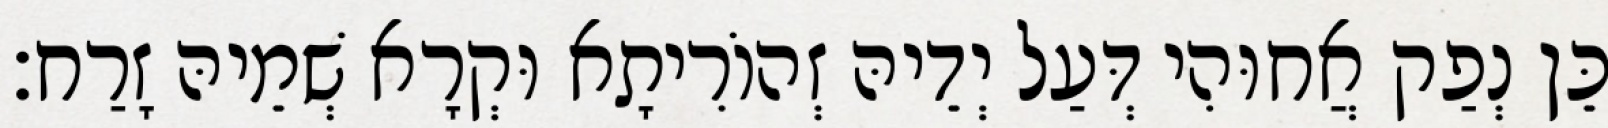
כֵּן נְפַק אֲחוּהִי דְּעַל יְדֵיהּ זְהוֹרִיתָא וּקְרָא שְׁמֵיהּ זָרַח׃